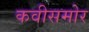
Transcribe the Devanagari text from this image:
कवीसमोर